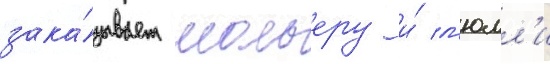
зака́зывает мольеру и́ л'юлл'и